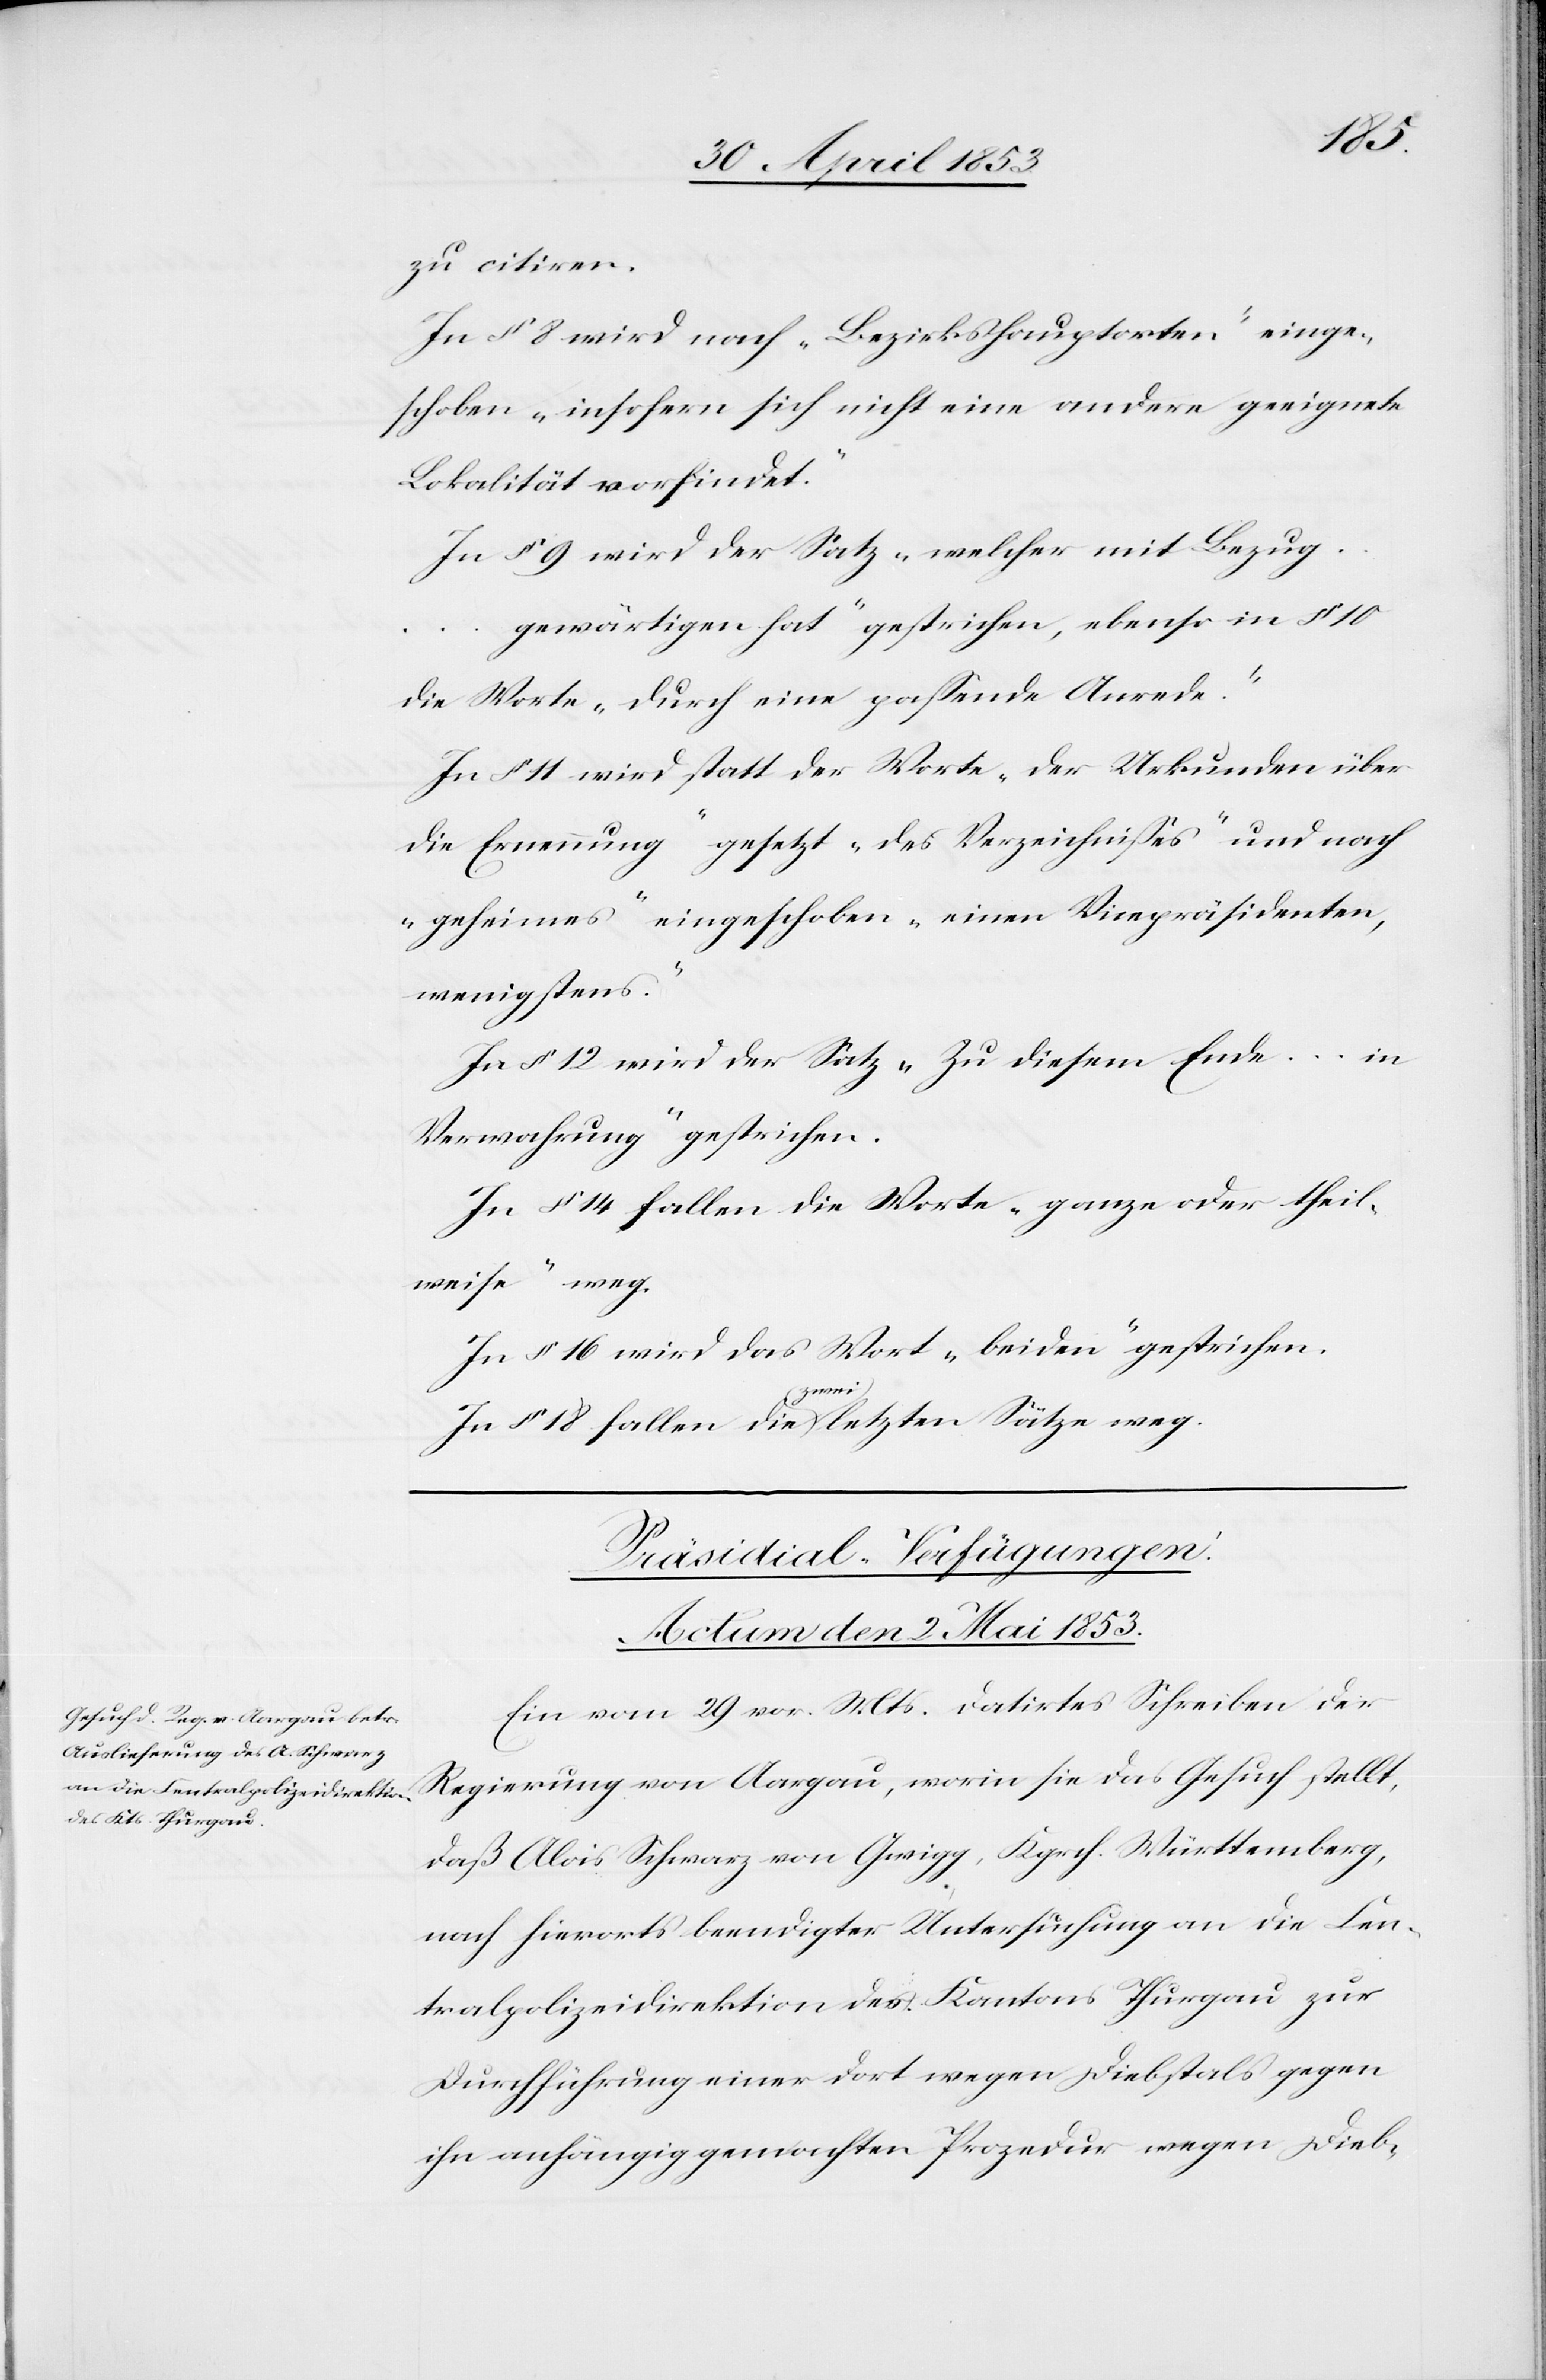
zu citiren.
In § 8 wird nach „Bezirkshauptorten“ einge¬
schoben „insofern sich nicht eine andere geeignete
Lokalität vorfindet.“
In § 9 wird der Satz „welcher mit Bezug
gewärtigen hat“ gestrichen, ebenso in § 10
die Worte „durch eine paßende Anrede.“
In § 11 wird statt der Worte „der Urkunden über
die Ernennung“ gesetzt „des Verzeichnißes“ und nach
„geheimes“ eingeschoben „einen Vicepräsidenten,
wenigstens.“
In § 12 wird der Satz „Zu diesem Ende … in
Verwahrung“ gestrichen.
In § 14 fallen die Worte „ganze oder theil¬
weise“ weg.
In § 16 wird das Wort „beiden“ gestrichen.
In § 18 fallen die (zwei) letzten Sätze weg.
Präsidial-Verfügungen.
Actum den 2 Mai 1853
Ein vom 29 vor. Mts. datirtes Schreiben der
Regierung von Aargau, worin sie das Gesuch stellt,
daß Alois Schwarz von Gwigg, Kgrch. Württemberg,
nach hierorts beendigter Untersuchung an die Cen¬
tralpolizeidirektion des Kantons Thurgau zur
Durchführung einer dort wegen Diebstahls gegen
ihn anhängig gemachten Prozedur wegen Dieb-